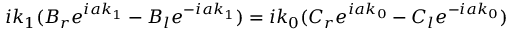
i k _ { 1 } ( B _ { r } e ^ { i a k _ { 1 } } - B _ { l } e ^ { - i a k _ { 1 } } ) = i k _ { 0 } ( C _ { r } e ^ { i a k _ { 0 } } - C _ { l } e ^ { - i a k _ { 0 } } )